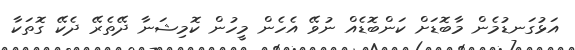
އަޅުގަނޑުމެން މާބޮޑަށް ކަންބޮޑެއް ނުވޭ އެހެން މީހުން ކޮމިޝަނާ ދޭތެރޭ ދެކޭ ގޮތަކާ